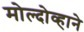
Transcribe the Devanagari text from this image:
मोल्दोव्हाने